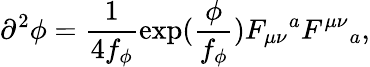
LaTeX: \partial^{2}\phi=\frac{1}{4f_{\phi}}\exp(\frac{\phi}{f_{\phi}})F_{\mu\nu}{}^{a}F^{\mu\nu}{}_{a},